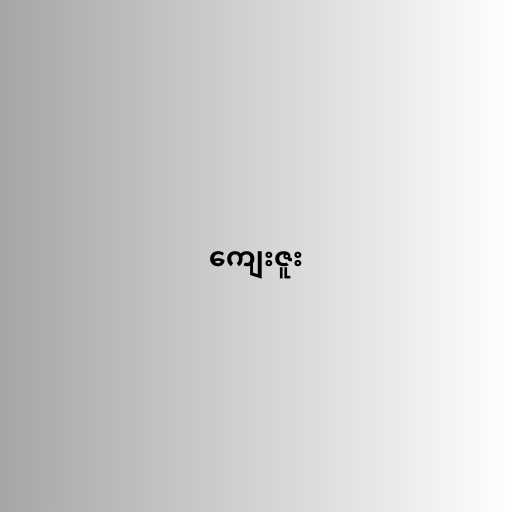
ကျေးဇူး